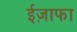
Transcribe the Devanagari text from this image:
ईज़ाफा